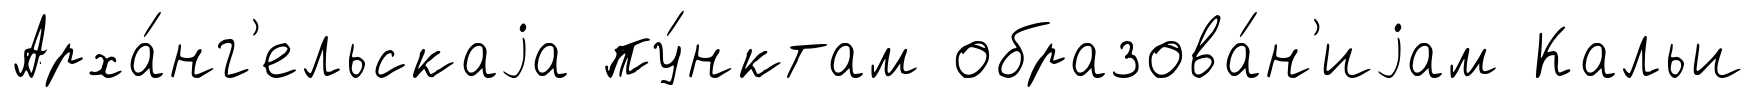
Арха́нг'ельскаjа пу́нктам образова́н'иjам Кальи